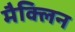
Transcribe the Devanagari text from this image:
मैक्लिन